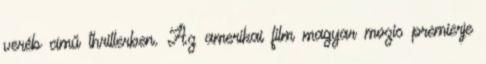
veréb című thrillerben. Az amerikai film magyar mozis premierje